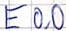
Text: E0.0